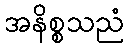
အနိစ္စသညံ